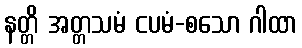
နတ္တိ အတ္တသမံ ငပမံ-စသော ဂါထာ